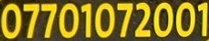
07701072001